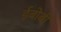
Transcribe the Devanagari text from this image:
ईबोबी